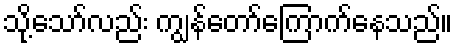
သို့သော်လည်း ကျွန်တော်ကြောက်နေသည်။